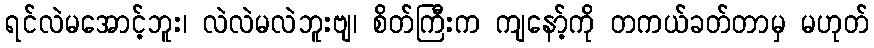
ရင်လဲမအောင့်ဘူး၊ လဲလဲမလဲဘူးဗျ၊ စိတ်ကြီးက ကျနော့်ကို တကယ်ခတ်တာမှ မဟုတ်